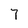
Character: 7